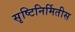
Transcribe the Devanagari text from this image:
सृष्टिनिर्मितीस